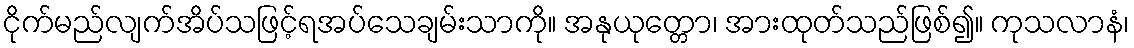
ငိုက်မည်လျက်အိပ်သဖြင့်ရအပ်သေချမ်းသာကို။ အနုယုတ္တော၊ အားထုတ်သည်ဖြစ်၍။ ကုသလာနံ၊